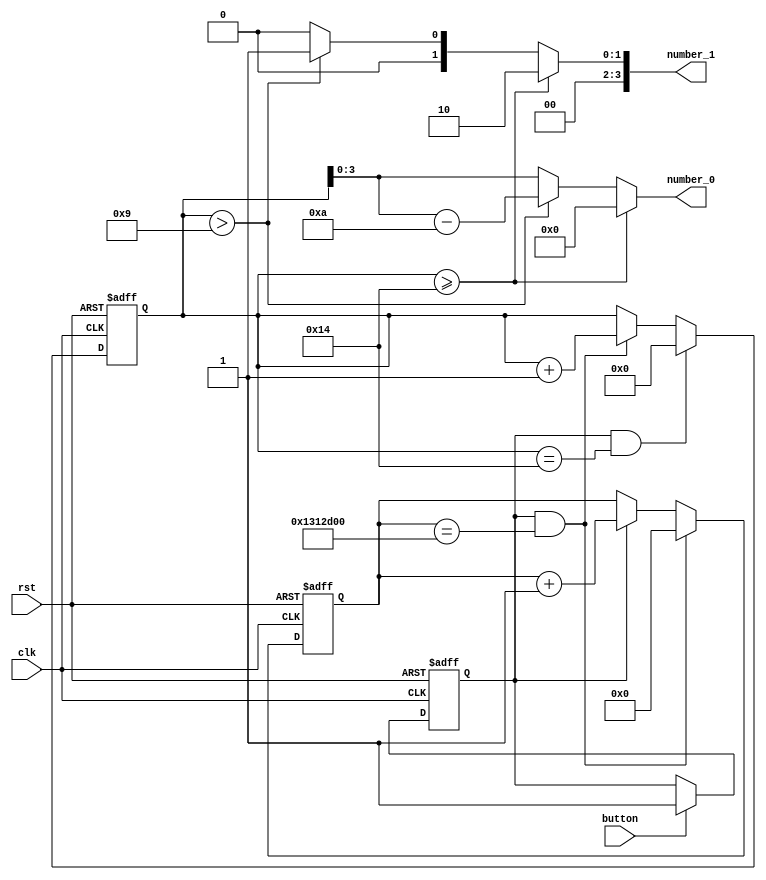
module counter20(
	input wire clk,
	input wire rst,
	input wire button,
	output reg [3:0]number_0,
	output reg [3:0]number_1
);
	reg [4:0]cnt;//0-20
	reg cnt_inc = 1'b0;//
	reg [24:0] cnt_origin;//
	assign cnt_end_origin = cnt_inc & (cnt_origin == 25'd20000000);//0.2s
	assign cnt_end = cnt_inc & (cnt == 5'd20);//0-20
	
	//
	always @(posedge clk or posedge rst)begin
		if (rst) 
			cnt_inc <= 1'b0;
		else if (button)
			cnt_inc <= 1'b1;
		else
			cnt_inc <= cnt_inc;
	end
	
	//
	always @(posedge clk or posedge rst)begin
		if (rst) 
			cnt_origin <= 25'd0;
		else if (cnt_end_origin)
			cnt_origin <= 25'd0;
		else if (cnt_inc)
			cnt_origin <= cnt_origin + 25'd1;
		else
			cnt_origin <= cnt_origin;
	end
	
	//020
	always @(posedge clk or posedge rst)begin
		if (rst)
			cnt <= 5'd0;
		else if (cnt_end)
			cnt <= 5'd0;
		else if (cnt_end_origin)
			cnt <= cnt + 5'd1;
		else
			cnt <= cnt;
	end
	
	//cnt
	always @(*)begin
		if(cnt>=5'd20)begin
			number_0 = 4'd0;
			number_1 = 4'd2;
		end
		else if (cnt>5'd9)begin
			number_0 = cnt-4'd10;
			number_1 = 4'd1;
		end
		else begin
			number_0 = cnt;
			number_1 = 4'd0;
		end
	end
	
endmodule